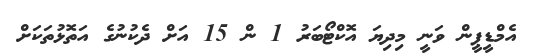
އެމްޑީޕީން ވަނީ މިދިޔަ އޮކްޓޯބަރު 1 ން 15 އަށް ދެކުނުގެ އަތޮޅުތަކަށް